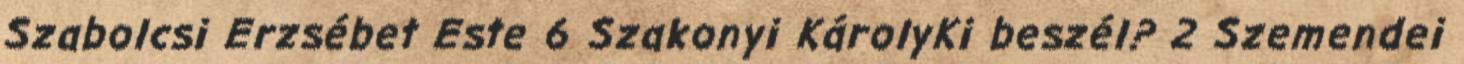
Szabolcsi Erzsébet Este 6 Szakonyi KárolyKi beszél? 2 Szemendei